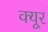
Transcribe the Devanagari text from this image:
क्यूर